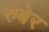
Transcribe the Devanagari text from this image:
रुबेर